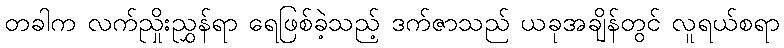
တခါက လက်ညှိုးညွှန်ရာ ရေဖြစ်ခဲ့သည့် ဒက်ဇာသည် ယခုအချိန်တွင် လူရယ်စရာ